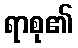
ရာစု၏